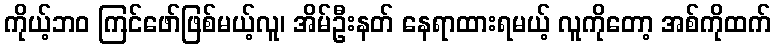
ကိုယ့်ဘဝ ကြင်ဖော်ဖြစ်မယ့်လူ၊ အိမ်ဦးနတ် နေရာထားရမယ့် လူကိုတော့ အစ်ကိုထက်